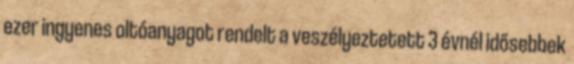
ezer ingyenes oltóanyagot rendelt a veszélyeztetett 3 évnél idősebbek